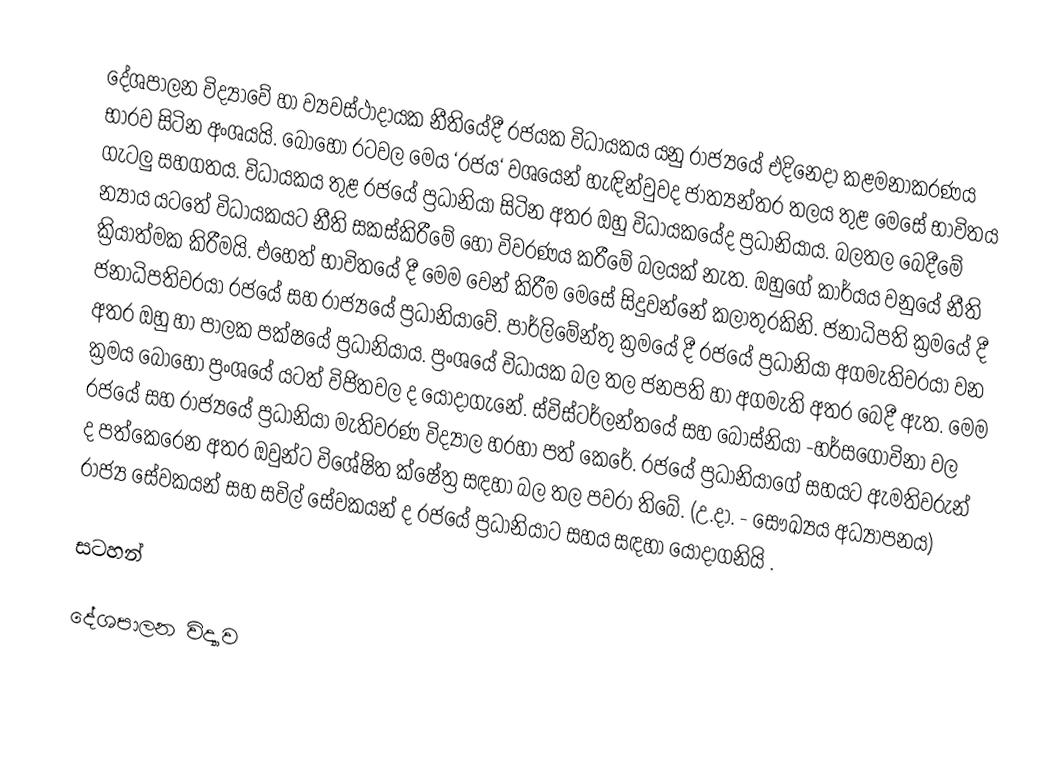
දේශපාලන විද්‍යාවේ හා ව්‍යවස්ථාදායක නීතියේදී රජයක විධායකය යනු රාජ්‍යයේ එදිනෙදා කළමනාකරණය භාරව සිටින අංශයයි. බොහෝ රටවල මෙය ‘රජය‘ වශයෙන් හැඳින්වුවද ජාත්‍යන්තර තලය තුළ මෙසේ භාවිතය ගැටලු සහගතය. විධායකය තුළ රජයේ ප්‍රධානියා සිටින අතර ඔහු විධායකයේද ප්‍රධානියාය. බලතල බෙදීමේ න්‍යාය යටතේ විධායකයට නීති සකස්කිරීමේ හෝ විවරණය කරීමේ බලයක් නැත. ඔහුගේ කාර්යය වනුයේ නීති ක්‍රියාත්මක කිරීමයි. එහෙත් භාවිතයේ දී මෙම වෙන් කිරීම මෙසේ සිදුවන්නේ කලාතුරකිනි. ජනාධිපති ක්‍රමයේ දී ජනාධිපතිවරයා රජයේ සහ රාජ්‍යයේ ප්‍රධානියාවේ. පාර්ලිමේන්තු ක්‍රමයේ දී රජයේ ප්‍රධානියා අගමැතිවරයා වන අතර ඔහු හා පාලක පක්ෂයේ ප්‍රධානියාය. ප්‍රංශයේ විධායක බල තල ජනපති හා අගමැති අතර බෙදී ඇත. මෙම ක්‍රමය බොහෝ ප්‍රංශයේ යටත් විජිතවල ද යොදාගැනේ. ස්විස්ටර්ලන්තයේ සහ බොස්නියා -හර්සගොවිනා වල රජයේ සහ රාජ්‍යයේ ප්‍රධානියා මැතිවරණ විද්‍යාල හරහා පත් කෙරේ. රජයේ ප්‍රධානියාගේ සහයට ඇමතිවරුන් ද පත්කෙරෙන අතර ඔවුන්ට විශේෂිත ක්ෂේත්‍ර සඳහා බල තල පවරා තිබේ. (උ.දා. - සෞඛ්‍යය අධ්‍යාපනය) රාජ්‍ය සේවකයන් සහ සවිල් සේවකයන් ද රජයේ ප්‍රධානියාට සහය සඳහා යොදාගනියි .

සටහන්

දේශපාලන විද්‍යාව